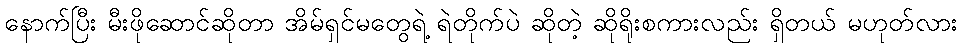
နောက်ပြီး မီးဖိုဆောင်ဆိုတာ အိမ်ရှင်မတွေရဲ့ ရဲတိုက်ပဲ ဆိုတဲ့ ဆိုရိုးစကားလည်း ရှိတယ် မဟုတ်လား